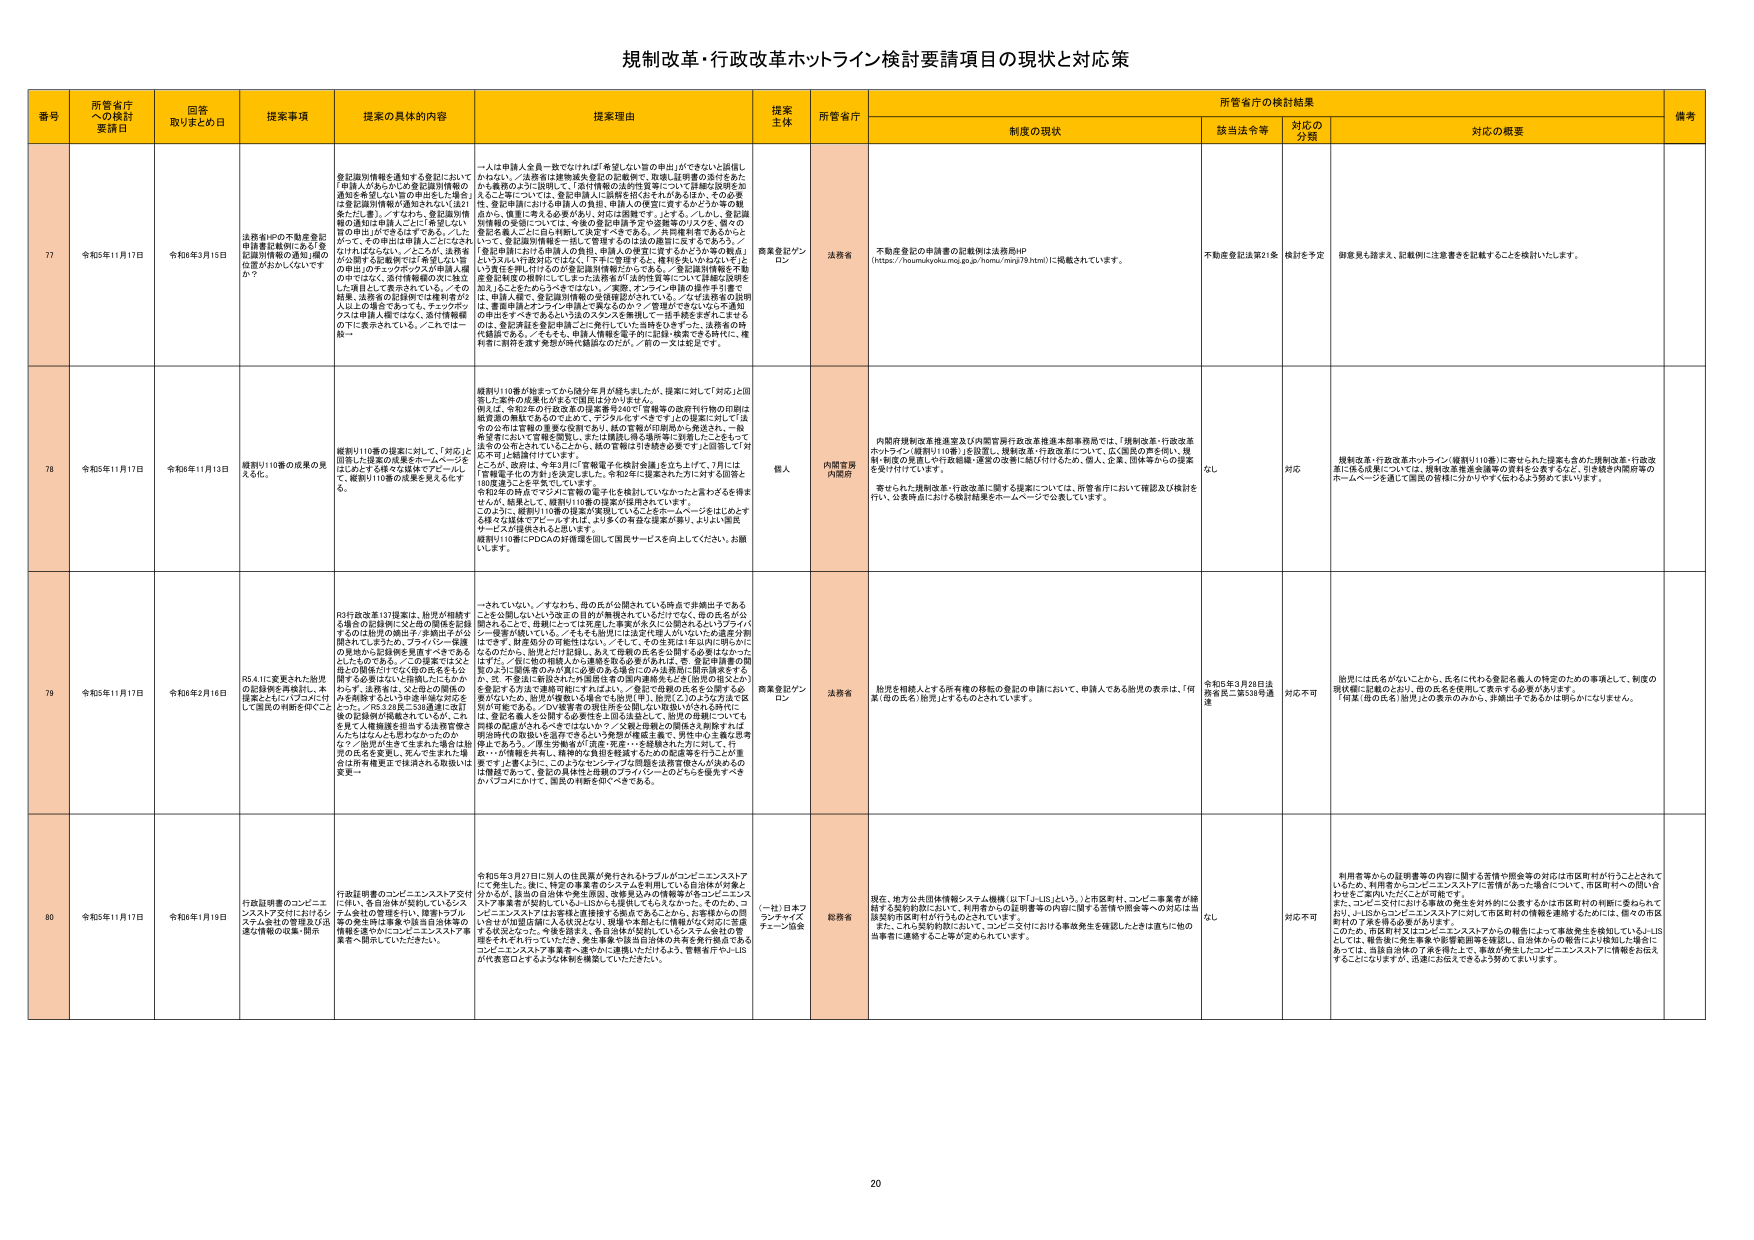
規制改革・行政改革ホットライン検討要請項目の現状と対応策

番号 所管省庁への検討要請日 回答取りまとめ日 提案事項 提案の具体的内容 提案理由 提案主体 所管省庁 制度の現状 所管省庁の検討結果 備考
該当法令等 対応の分類 対応の概要

77 令和5年11月17日 令和6年3月15日 法務省HPの不動産登記申請書記載例にある「登記簿別情報の通知」欄の位置が左からいくつですか？ 登記簿別情報を通知する登記において「申請人であるか」を登記簿別情報の通知を希望しない旨の申出をした場合に登記簿別情報が通知されない（法）かたたし書」／すなわち、登記簿別情報の通知は申請人ごとに「希望しない」旨の申出ができないのである。／したがって、その申出は申請人ごとにそれぞれ行われねばならない。／ところが、法務省が公開する記載例では「希望しない」旨の申出（チェックボックス）が申請人欄の右ではなく、添付情報欄の次に独立した項目として表示されている。／その結果、法務省の記載例では複数名の2人以上の場合はそのうち、チェックボックスは申請人欄ではなく、添付情報欄の下に表示されている。／これでは一覧→ 一人は申請人全員一致でなければ「希望しない」旨の申出ができないと誤解しかねない。／法務省は建物済み登記の記載例で、登記・証明書の添付をあたかも義務のように説明して、「添付情報の法的性質等について詳細な説明を加えること」について、登記申請人に説明を怠らされがあるほか、その必要性・重要性等における申請人の負担、申請人の便宜に資するかどうか等の観点から、慎重に考える必要があり、対応は困難です。／とある。／しかし、登記簿別情報の通知については、今後の登記申請書を含む記載等のリスク、個人の登記を個人ごとに自由に、法律ですべきである。／共同権利者であるからといって、登記簿別情報を一覧して管理するのは法の趣旨に反するであろう。／「登記申請における申請人の負担、申請人の便宜に資するかどうか等の観点」はいえんい行政対応ではなく、「天下に管理する」権利を失いたいねない「よ」う責任を押し付けるのが登記簿別情報だからである。／登記簿別情報を不動産登記制度の根幹にしたまつた法務省が「法的性質等について詳細な説明を加えること」をためらうべきではない。／実際、オンライン申請の操作手引書では、申請人欄で、登記簿別情報の通知確認がされている。／なぜ法務省の印刷は、書面申請とオンライン申請とで異なるのか？／管理ができないなら不通知の申出をすべきであるという法のスタンスを無視して一括申請をすすめることは登記の、登記済証を登記申請ごとに発行していた当時までは、法務省の権限範囲である。／そもそも、申請人情報と電子印に記録・保管できる時代に、権利者に別冊を渡す発想が時代遅れなのだが。／前の一文は蛇足です。 商業登記プランロン 法務省 不動産登記の申請書の記載例は法務局HP（https://houmukyoku.moj.go.jp/houmu/minji78.html）に掲載されています。 不動産登記法第21条 検討を予定 御意見も踏まえ、記載例に注意書きを記載することを検討いたします。

78 令和5年11月17日 令和6年11月13日 規制リ110番の成果の見え方。 規制リ110番の提案に対して、「対応」と図示した提案の成果をホームページを見に訪ねる者などは理解できず、規制リ110番の成果を見えなくする。 規制リ110番が始まってから随分年月が経ちましたが、提案に対して「対応」と図示した案件の成果化がまるで国民は分かりません。例えば、令和2年の行政改革の提案番号40で「官職等の政府行財の印刷は紙資源の無駄であるので止め、デジタル化すべきです」との提案に対して「法令の公布官報の重要性が役割であり、紙の官報が印刷から発送され、一般希望者において官報を閲覧し、または購読し得る通報等に到達したことをもって法令の公布とされていることから、紙の官報は引き続き必要です」と回答して「対応不可」と結論付けています。ところが、結果は、令年3月に「官報電子化検討会議」を立ち上げて、7月には「官報電子化の方針」を決定しました。令和年に提案された年にに対する回答と18回違うことを平気でしています。令和2年の時点でデジタル官報の電子化を検討していなかったとされるを得ませんが、結果として、規制リ110番の提案が採用されています。このように、規制リ110番の提案が実現しているにもかかわらず、ホームページをはじめとする様々な媒体で「ピーリ」すなわち、より多くの有志の提案が寄り、よりよい国民サービスが提供されると思います。規制リ110番にPDCAの好循環を図って国民サービスを向上してください。お願いします。 個人 内閣官房内閣府 内閣府規制改革推進室及び内閣官房行政改革推進本部事務局では、「規制改革・行政改革ホットライン（規制リ110番）」を設置し、規制改革・行政改革について、広く国民の声を伺い、規制・制度の見直しや行政機関・運営の改善に結び付けるため、個人、企業、団体等からの提案を受け付けています。寄せられた規制改革・行政改革に関する提案については、所管省庁において確認及び検討を行い、公表時点における検討結果をホームページで公表しています。 なし 対応 規制改革・行政改革ホットライン（規制リ110番）に寄せられた提案も含めた規制改革・行政改革に係る成果については、規制改革推進会議等の資料を公表するなど、引き続き内閣府等のホームページを通じて国民の皆様に分かりやすく伝わるよう努めてまいります。

79 令和5年11月17日 令和6年2月16日 R5.4.1に変更された胎児の記録欄を再検討し、本提案とともにどのように付して国民の利便を図ること 一されていない。／すなわち、母の氏が分離されている時点で非構出子であることを公開しないという改正の目的が無視されているだけでなく、母の氏名が公表されることで、母側にとっては児童に「実業が本人に公開されるというプライバシー侵害が続いている。／そもそも胎児には法的個人がいないため、児童が分離するため、財産処分の可能性はない。／そして、その生徒は1年以内に明らかになるのだから、胎児として行政上、あえて母親の氏名を公開する必要はなかったはずだ。／仮に他の相続人から連絡を取る必要があれば、児、登記申請書の関係のうえに家族名のみが個人必要の名を隠すため法務局に開示請求をするが、児、児童はに開示された内容提供者の開示請求とは別（胎児の氏名とか）を登記する方法で連絡が取れればよい。／登記で母親の氏名を公表する必要がないため、胎児が複数いる場合でも胎児（男）、胎児（女）の2方法で区別が可能である。／DV被害者の現状弁を公開しない取扱いがされる時代に、母、育児を離れるをも禁じる必要性も法的法条として、胎児の母親については同様の配慮がされるべきではないか？／父親と母親との関係さえ判断すれば明示時代の取扱いを適用できるという発想が徹底主義で、男性から主義が思考停止であり、／育児年齢者が「児童・産児」・多様性はたた方に向いて、片寄り・が情報共有をし、精神的な負担を軽減するための配慮等を行うことが重要です。／1番のとおり、このようなオンライン行政制度は法務省さんが法の道の卓越であって、登記の具体性と母親のプライバシーとのどちらを優先すべきかハブコムにかけて、国民の利便を図るべきである。 商業登記プランロン 法務省 胎児を相続人とする所有権の移転の登記の申請において、申請人である胎児の表示は、「何某（母の氏名）胎児」とするものとされています。 令和5年3月28日法務省民二第538号通達 対応不可 胎児には氏名がないことから、氏名に代わる登記を個人の特定のための事項として、制度の現状欄に記載のとおり、母の氏名を使用して表示する必要があります。「何某（母の氏名）胎児」との表示のほか、非構出子であるかは明らかになります。

80 令和5年11月17日 令和6年1月19日 行政証明書のコンビニエンスストア交付におけるシステム会社の管理及び迅速な情報の収集・開示 行政証明書のコンビニエンスストア交付に伴い、各自治体が契約しているシステム会社の管理を行い、障害トラブル等の発生を踏まえは法務省が事業の情報を含め常にコンビニエンスストア事業者へ開示していただきたい。 令和5年3月27日に個人の住民票が発行されるトラブルがコンビニエンスストアにて発生した。後に、特定の事業者のシステムを利用している自治体が対象と分かるが、該当の自治体や発生原因、改善策及び今後対策等の各コンビニエンスストア事業者が契約しているLISの名を公表してもらえなかった。そのため、コンビニエンスストアはお客様に直接接する拠点であることから、お客様からの問合せが全国の個人に及ぶほか、現場や本部もに連絡がとれずに回答する状況となった。今後を踏まえ、各自治体が契約しているシステム会社の管理をされれていただきたく、発生事業者や該当自治体の共有を発生防止へ各コンビニエンスストア事業者への迅速な情報開示をいただき、管理を行うLISが代表窓口であるような体制を構築していただきたい。 （一社）日本フランチャイズチェーン協会 総務省 現在、地方公共団体情報システム機構（以下「LIS」という。）と市区町村、コンビニ事業者が締結する契約的約に志いて、利用者からの証明書等の内容に関する苦情や問合等への対応は当該契約市区町村が行うものとなっています。また、これと契約的約において、コンビニ交付における事故発生を確認したときは直ちに他の当事者に連絡すること等が定められています。 なし 対応不可 利用者等からの証明書等の内容に関する苦情や問合等の対応は市区町村が行うこととしているため、利用者からコンビニエンスストアに苦情があった場合について、市区町村への問い合わせをご案内いただくことが可能です。また、コンビニ交付における事故の発生を対外的に公表するかは市区町村の判断に委ねられており、J-LISからコンビニエンスストアに対して市区町村の情報を連携するためには、個々の市区町村の了承を得る必要があります。このため、市区町村又はコンビニエンスストアからの報告によって事故発生を検知しているJ-LISとしては、顧客案に発生事業や影響範囲等を確認し、自治体からの報告により検知した場合にあっては、当該自治体の了承を得た上で、事故が発生したコンビニエンスストアに情報をお伝えすることになりますが、迅速にお伝えできるよう努めてまいります。

20